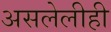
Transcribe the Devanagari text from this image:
असलेलीही